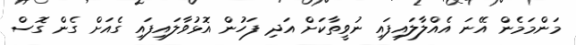
މަންމަމެން އޭނަ އެއްލާލައިފައި ނުވީތާކަށް އަދި ފަހުން އޮޅުވާލައިފައި ގެއަށް ގެން ގޮސް